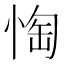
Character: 𱞢